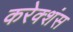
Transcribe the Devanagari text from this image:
करेक्शंस